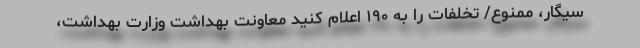
سیگار، ممنوع/ تخلفات را به ۱۹۰ اعلام کنید معاونت بهداشت وزارت بهداشت،